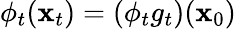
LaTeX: \phi_{t}({\mathbf{x}}_{t})=(\phi_{t}g_{t})({\mathbf{x}}_{0})